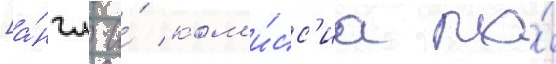
[а́нгл. и́ ком'и́сс'иа по́